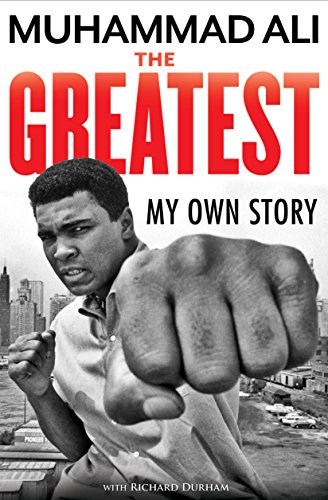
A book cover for The Greatest: My Own Story; Muhammad Ali; Biographies & Memoirs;